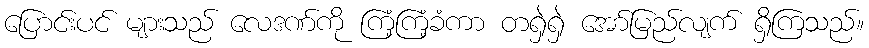
ပြောင်းပင် များသည် လေဒဏ်ကို ကြံ့ကြံ့ခံကာ တရှဲရှဲ အော်မြည်လျက် ရှိကြသည်။